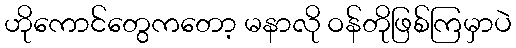
ဟိုကောင်တွေကတော့ မနာလို ဝန်တိုဖြစ်ကြမှာပဲ